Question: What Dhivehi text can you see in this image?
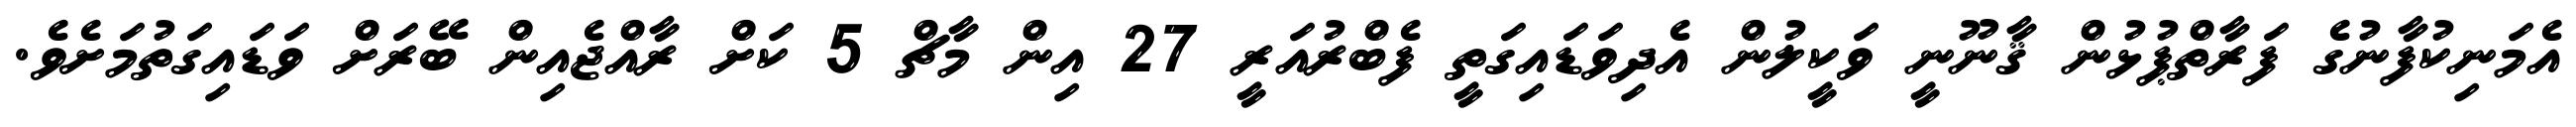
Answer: އެމަނިކުފާނުގެ ފަރާތްޕުޅުން ޤާނޫނީ ވަކީލުން އެދިވަޑައިގަތީ ފެބްރުއަރީ 27 އިން މާޗް 5 ކަށް ރާއްޖެއިން ބޭރަށް ވަޑައިގަތުމަށެވެ.